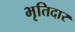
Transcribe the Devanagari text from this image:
भृतिदार